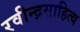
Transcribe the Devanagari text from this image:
रवीन्द्रसाहित्य